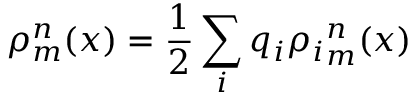
\rho _ { m } ^ { n } ( x ) = \frac { 1 } { 2 } \sum _ { i } q _ { i } { \rho _ { i } } _ { m } ^ { n } ( x )